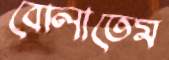
বোলাতেম